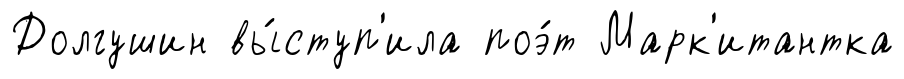
Долгушин вы́ступ'ила поэ́т Марк'итантка